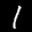
Label: 1